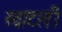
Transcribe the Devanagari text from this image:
खाटली